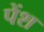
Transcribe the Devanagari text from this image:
पेंश